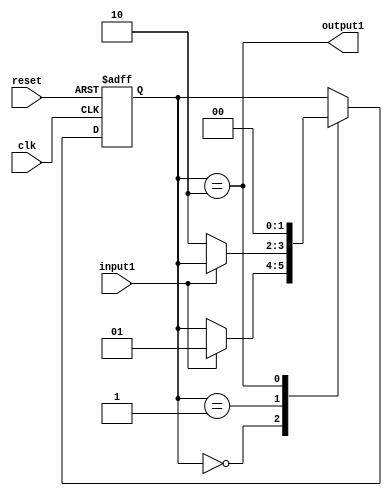
module FSM1 (
  input wire clk,
  input wire reset,
  input wire input1,
  output wire output1
);

  reg [1:0] state;

  parameter STATE_A = 2'b00;
  parameter STATE_B = 2'b01;
  parameter STATE_C = 2'b10;

  always @ (posedge clk or posedge reset)
  begin
    if (reset)
      state <= STATE_A;
    else
    begin
      case (state)
        STATE_A: begin
          if (input1)
            state <= STATE_B;
        end
        STATE_B: begin
          // Add any additional logic here for transitions
          if (!input1)
            state <= STATE_C;
        end
        STATE_C: begin
          // Add any additional logic here for transitions
          state <= STATE_A;
        end
      endcase
    end
  end

  assign output1 = (state == STATE_C);

endmodule